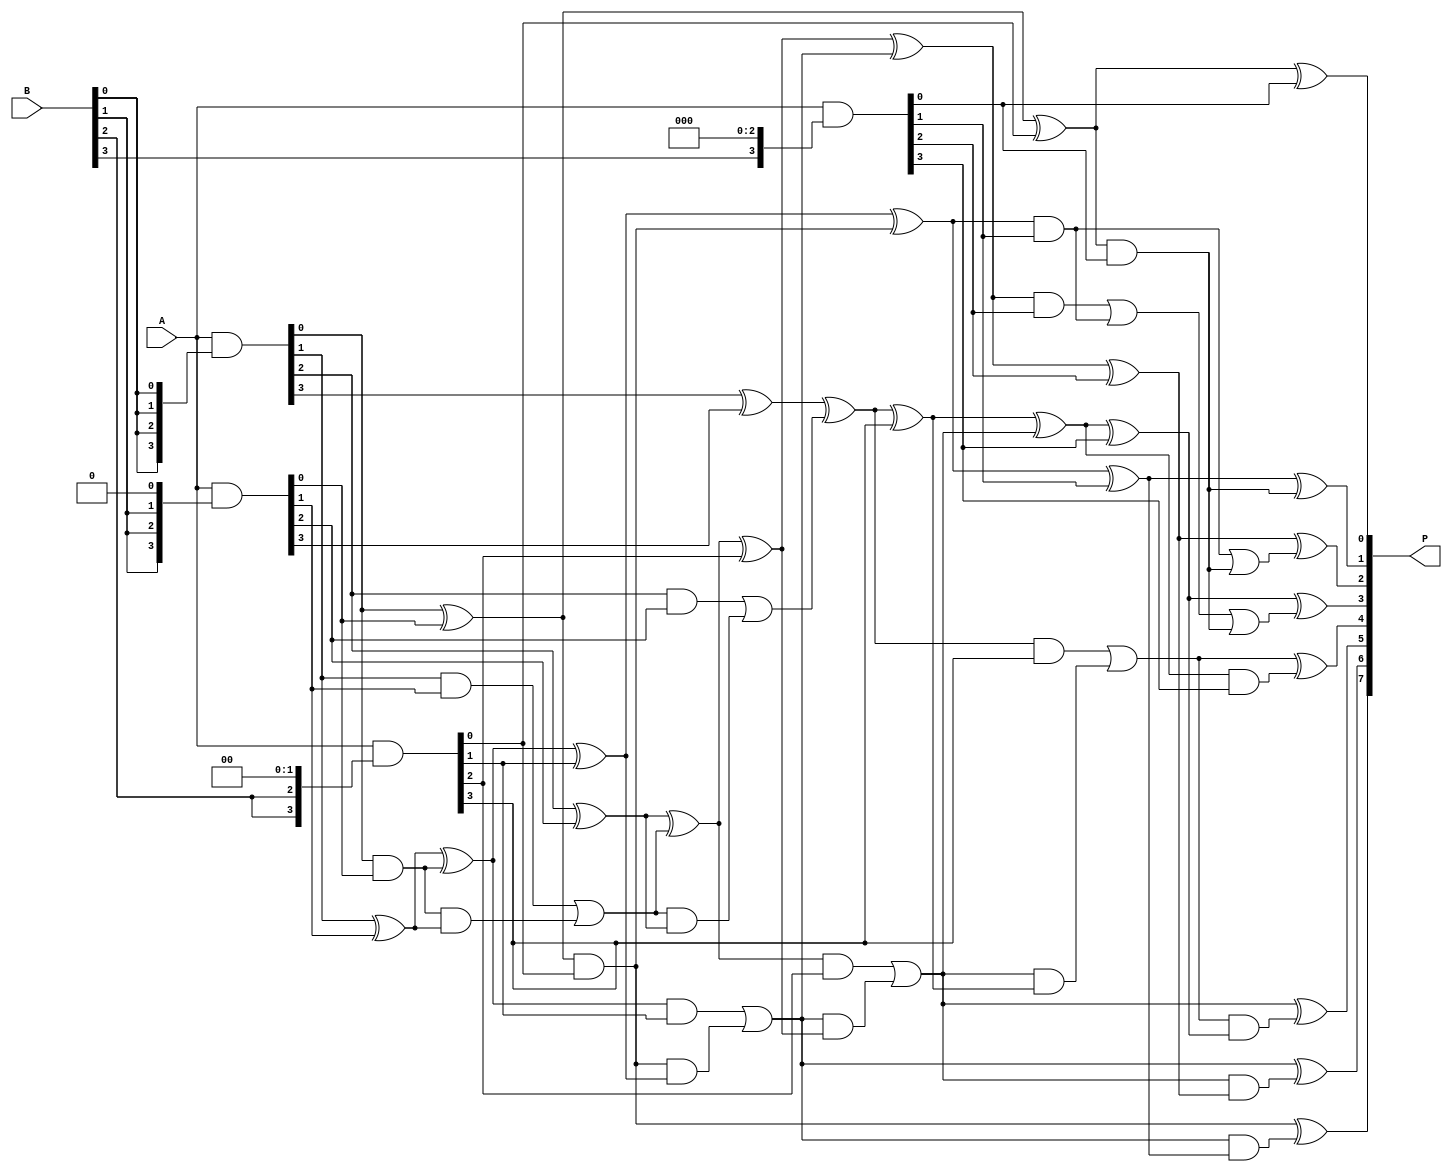
module wallace_tree_multiplier (
    input  [3:0] A,  // 4-bit input A
    input  [3:0] B,  // 4-bit input B
    output [7:0] P   // 8-bit output product
);

    wire [3:0] pp0, pp1, pp2, pp3; // Partial products
    wire [7:0] sum1, sum2; // Sums for reduction stages
    wire [3:0] carry1, carry2; // Carries from adders

    // Partial Product Generation
    assign pp0 = A & {4{B[0]}}; // A * B[0]
    assign pp1 = A & {4{B[1]}} << 1; // A * B[1] shifted by 1
    assign pp2 = A & {4{B[2]}} << 2; // A * B[2] shifted by 2
    assign pp3 = A & {4{B[3]}} << 3; // A * B[3] shifted by 3

    // Stage 1: Combine partial products into sums and carries
    // Half Adder for pp0 and pp1
    assign sum1[0] = pp0[0] ^ pp1[0];
    assign carry1[0] = pp0[0] & pp1[0];
    
    // Full Adder for pp0[1], pp1[1], and carry1[0]
    assign sum1[1] = pp0[1] ^ pp1[1] ^ carry1[0];
    assign carry1[1] = (pp0[1] & pp1[1]) | (carry1[0] & (pp0[1] ^ pp1[1]));
    
    // Full Adder for pp0[2], pp1[2], and carry1[1]
    assign sum1[2] = pp0[2] ^ pp1[2] ^ carry1[1];
    assign carry1[2] = (pp0[2] & pp1[2]) | (carry1[1] & (pp0[2] ^ pp1[2]));
    
    // Half Adder for pp0[3] and pp1[3]
    assign sum1[3] = pp0[3] ^ pp1[3] ^ carry1[2];
    assign carry1[3] = pp0[3] & pp1[3] | carry1[2] & (pp0[3] ^ pp1[3]);

    // Stage 2: Combine with pp2 and pp3
    // Combine sum1 and pp2
    assign sum2[0] = sum1[0] ^ pp2[0];
    assign carry2[0] = sum1[0] & pp2[0];

    assign sum2[1] = sum1[1] ^ pp2[1] ^ carry2[0];
    assign carry2[1] = (sum1[1] & pp2[1]) | (carry2[0] & (sum1[1] ^ pp2[1]));

    assign sum2[2] = sum1[2] ^ pp2[2] ^ carry2[1];
    assign carry2[2] = (sum1[2] & pp2[2]) | (carry2[1] & (sum1[2] ^ pp2[2]));

    assign sum2[3] = sum1[3] ^ pp2[3] ^ carry2[2];
    assign carry2[3] = (sum1[3] & pp2[3]) | (carry2[2] & (sum1[3] ^ pp2[3]));

    // Final addition of sum2 and pp3
    assign P[0] = sum2[0] ^ pp3[0];
    assign P[1] = sum2[1] ^ pp3[1] ^ (sum2[0] & pp3[0]);
    assign P[2] = sum2[2] ^ pp3[2] ^ ((sum2[1] & pp3[1]) | (sum2[0] & pp3[0]));
    assign P[3] = sum2[3] ^ pp3[3] ^ ((sum2[2] & pp3[2]) | (sum2[1] & pp3[1]) | (sum2[0] & pp3[0]));
    assign P[4] = carry2[3] ^ (sum2[3] & pp3[3]);
    assign P[5] = carry2[2] ^ (carry2[3] & (sum2[3] ^ pp3[3]));
    assign P[6] = carry2[1] ^ (carry2[2] & (sum2[2] ^ pp3[2]));
    assign P[7] = carry2[0] ^ (carry2[1] & (sum2[1] ^ pp3[1]));

endmodule